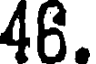
46.